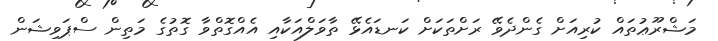
މަޝްރޫޢުތައް ކުރިއަށް ގެންދެވޭ ރަށްތަކަށް ކަނޑައެޅޭ ތާވަލްއަކާއި އެއްގޮތްވާ ގޮތުގެ މަތިން ސްޕަވިޝަން